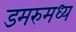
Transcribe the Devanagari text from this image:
डमरुमध्य